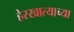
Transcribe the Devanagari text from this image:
हेरखात्याच्या